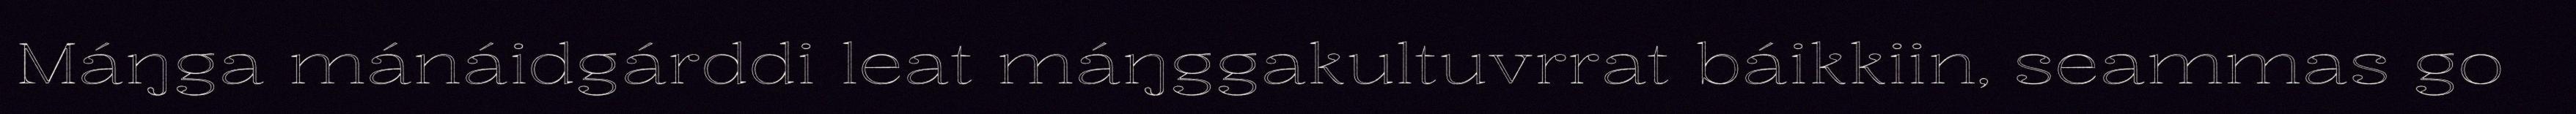
Máŋga mánáidgárddi leat máŋggakultuvrrat báikkiin, seammas go